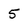
Character: 5